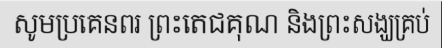
សូមប្រគេនពរ ព្រះតេជគុណ និងព្រះសង្ឃគ្រប់